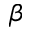
\beta